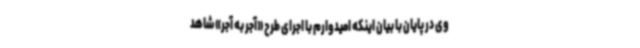
وی در پایان با بیان اینکه امیدوارم با اجرای طرح «آجر به آجر» شاهد